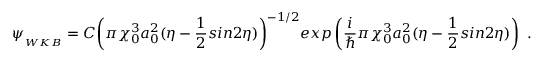
\psi _ { _ { W K B } } = C { \left( \pi \chi _ { 0 } ^ { 3 } a _ { 0 } ^ { 2 } ( \eta - \frac { 1 } { 2 } s i n { 2 \eta } ) \right) } ^ { - 1 / 2 } e x p \left( \frac { i } { \hbar } \pi \chi _ { 0 } ^ { 3 } a _ { 0 } ^ { 2 } ( \eta - \frac { 1 } { 2 } s i n { 2 \eta } ) \right) ~ .